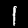
Label: 1